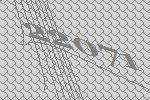
22071